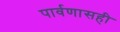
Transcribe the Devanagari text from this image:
पार्वणासही